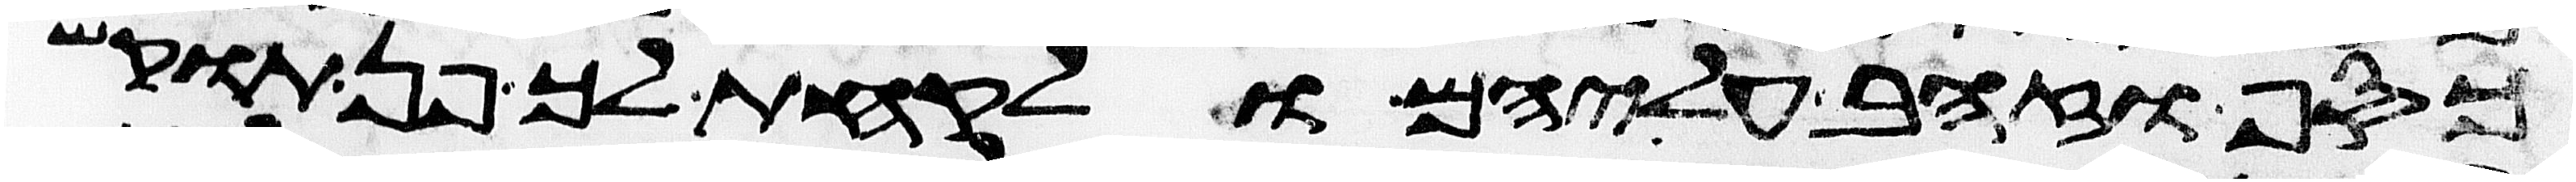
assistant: כסף וזהב עליהם ולקחת לך פן תוקש